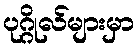
ပုဂ္ဂိုလ်များမှာ